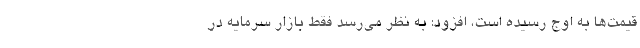
قیمت‌ها به اوج رسیده است، افزود: به نظر می‌رسد فقط بازار سرمایه در